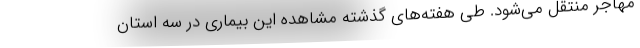
مهاجر منتقل می‌شود. طی هفته‌های گذشته مشاهده این بیماری در سه استان